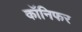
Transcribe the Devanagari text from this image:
कॉनिफर